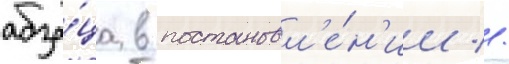
абза́ца в постановл'е́н'ии //